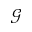
\mathcal { G }